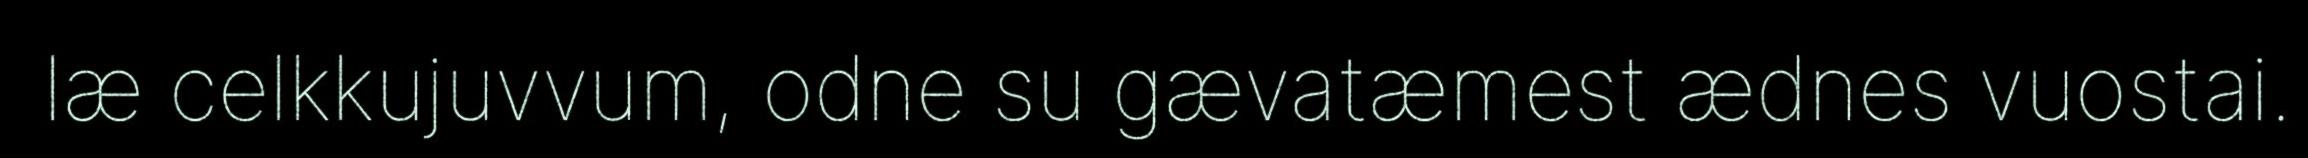
læ celkkujuvvum, odne su gævatæmest ædnes vuostai.